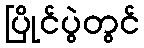
ပြိုင်ပွဲတွင်